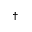
^ \dagger